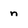
Character: n